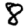
Digit: 8